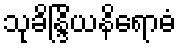
သုခိန္ဒြိယနိရောဓံ